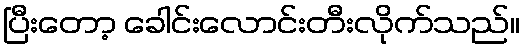
ပြီးတော့ ခေါင်းလောင်းတီးလိုက်သည်။